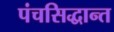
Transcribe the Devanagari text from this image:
पंचसिद्धान्त